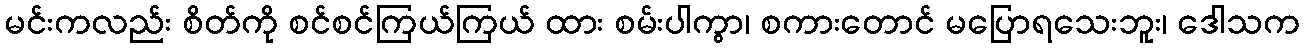
မင်းကလည်း စိတ်ကို စင်စင်ကြယ်ကြယ် ထား စမ်းပါကွာ၊ စကားတောင် မပြောရသေးဘူး၊ ဒေါသက